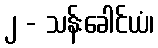
၂ - သန်းခေါင်ယံ၊